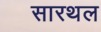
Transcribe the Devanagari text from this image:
सारथल